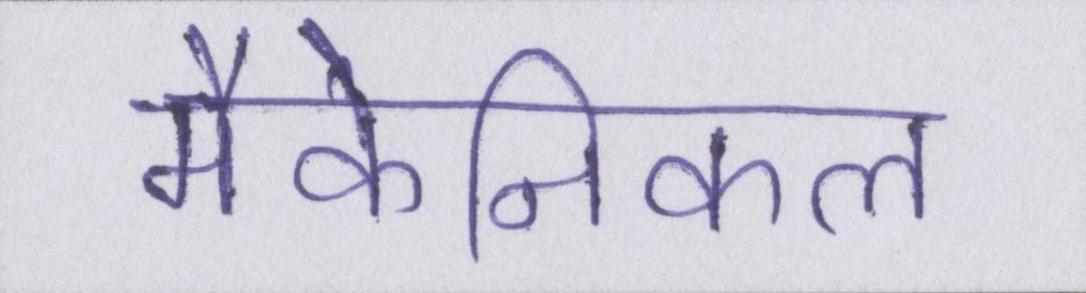
मैकेनिकल